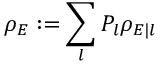
\rho _ { E } : = \sum _ { l } P _ { l } \rho _ { E | l }